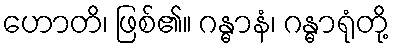
ဟောတိ၊ ဖြစ်၏။ ဂန္ဓာနံ၊ ဂန္ဓာရုံတို့